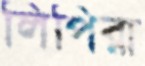
লিপিরা